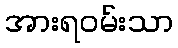
အားရဝမ်းသာ